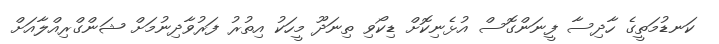
ކަނޑުމަތީގެ ހާދިސާ ފީނަންގޮސް އުޅެނިކޮށް ޑިކޯވި ތިނަދޫ މީހަކު އިތުރު ފަރުވާދިނުމަށް ޝަންގްރިއްލާއަށް